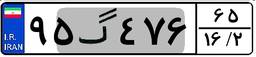
۹۵گ۴۷۶۶۵